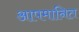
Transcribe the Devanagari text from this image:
आपमानित